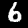
Digit: 6